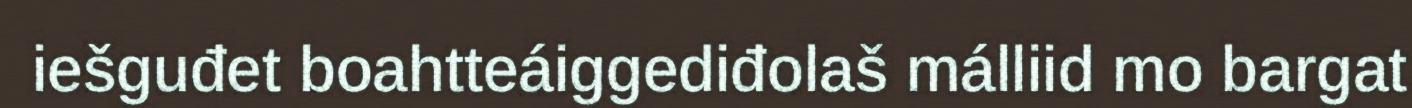
iešguđet boahtteáiggediđolaš málliid mo bargat